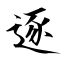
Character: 逐